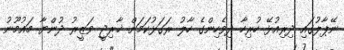
ނޭޕާލުގައި ދިރިއުޅޭ ހުރިހާ ދިވެހިންގެ ހާލު ރަގަޅުކަމަށް ޚާރިޖީ ވަޒީރު ދުންޔާ މައުމޫނު